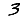
Digit: 3